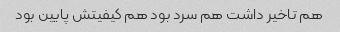
هم تاخیر داشت هم سرد بود هم کیفیتش پایین بود